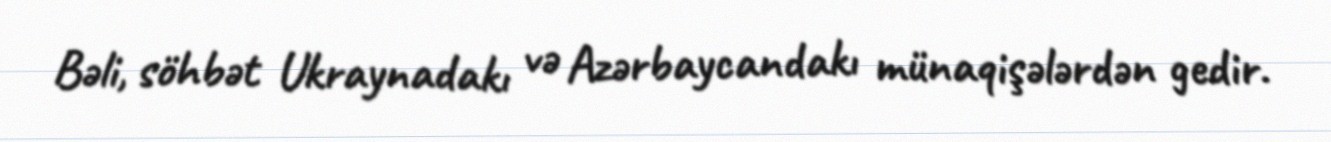
Bəli, söhbət Ukraynadakı və Azərbaycandakı münaqişələrdən gedir.